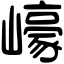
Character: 㠙